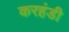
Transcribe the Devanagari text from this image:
करहंडी